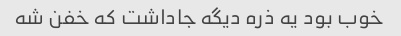
خوب بود یه ذره دیگه جاداشت که خفن شه